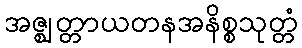
အဇ္ဈတ္တာယတနအနိစ္စသုတ္တံ